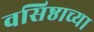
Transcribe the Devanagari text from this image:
वसिष्ठाच्या